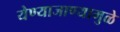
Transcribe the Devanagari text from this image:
येण्याजाण्यामुळे